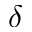
\delta